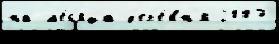
на м'е́с'яца д'ер'е́вн'я 2007